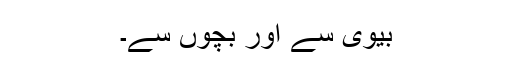
بیوی سے اور بچوں سے۔